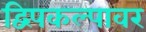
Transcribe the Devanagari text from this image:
द्विपकल्पावर